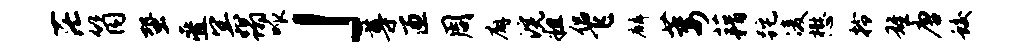
茫筒蛩叠冥蹋呱」尊匝周廨浣粗侣飞麟萎藉跎凌懋拎雄唐蛟